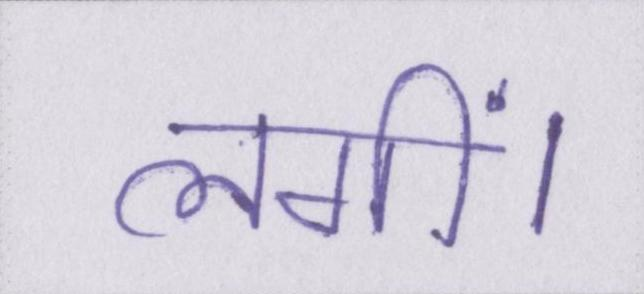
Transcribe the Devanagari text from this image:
लगीं।